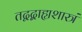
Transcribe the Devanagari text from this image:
तद्वद्बाह्यशास्त्रं